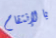
بالإنتقام